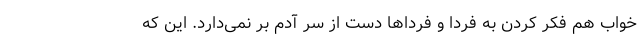
خواب هم فکر کردن به فردا و فرداها دست از سر آدم بر نمی‌دارد. این که